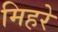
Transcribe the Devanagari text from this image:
मिहरे